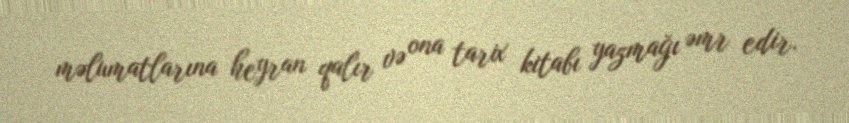
məlumatlarına heyran qalır və ona tarix kitabı yazmağı əmr edir.